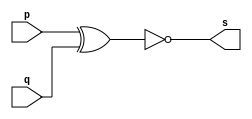
//-----
//Exercicio 03
//Andre Campolina
//381217
//-----

//-----
//porta xnor
//-----

module xnorgate (output s, input p, input q);
	assign s=(~(p^q));
endmodule //xnorgate

//----
//tabela verdade
//----

module testxnor;
	reg a, b;
	wire s;
	
	xnorgate XNOR1(s, a, b);
	
	initial begin:start
		a=0; b=0;
	end
	
	initial begin
		$display("Exercicio03 - Andre Campolina - 381217");
		$display("Tabela Verdade porta XNOR");
		$display("\na b\ts\n");
		$monitor("%b %b\t%b",a,b,s);
		#1 b=1;
		#1 a=1; b=0;
		#1 b=1;
	end
endmodule //testxnor